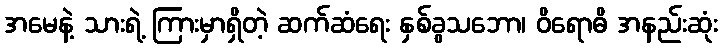
အမေနဲ့ သားရဲ့ ကြားမှာရှိတဲ့ ဆက်ဆံရေး နှစ်ခွသဘော၊ ဝိရောဓိ အနည်းဆုံး